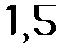
1,5